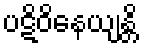
ပဋိဝိနေယျန္တိ